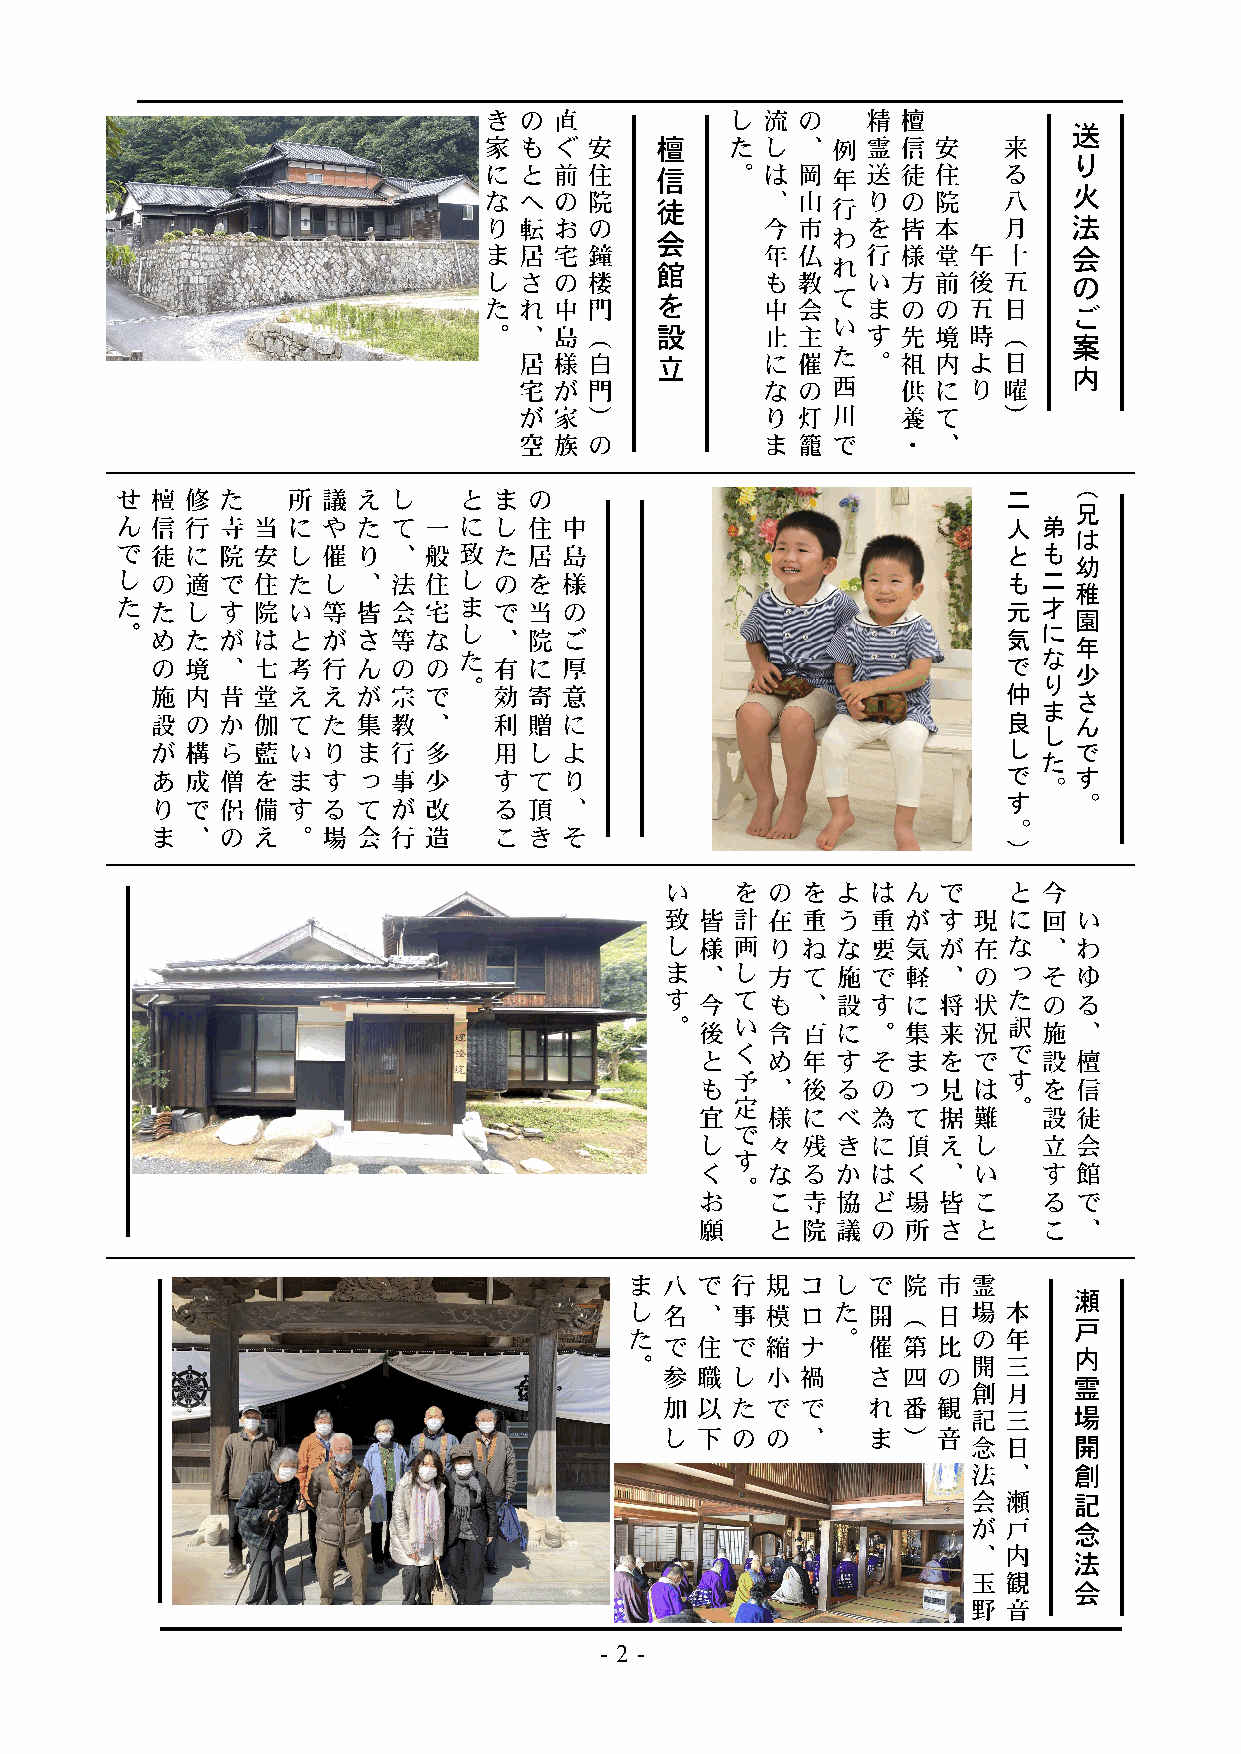
二   （
 兄
 人 弟
 は
 と も
 幼
 も 二
 稚
 元 才
 園
 気 に
 年
 な
 で
 少
 り
 仲
 さ
 ま
 良   ん
 し
 し   で
 た
 で   す
 。
 す   。
 。
 ）
 - 2 -